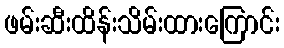
ဖမ်းဆီးထိန်းသိမ်းထားကြောင်း